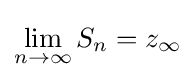
\lim _{n\to \infty }{S_{n}}=z_{\infty }